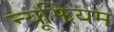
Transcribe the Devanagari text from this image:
न्यूझियम